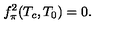
f _ { \pi } ^ { 2 } ( T _ { c } , T _ { 0 } ) = 0 .